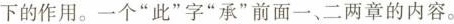
下的作用。一个”此”字”承”前面一、二两章的内容。